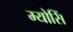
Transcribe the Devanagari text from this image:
म्योसिं